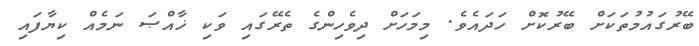
ބޭރުގައުމުތަކަށް ބޭރުކޮށް ހަދައެވެ. މިމަހަށް ދިވެހިންގެ ތެރޭގައި ވަކި ޚާއްޞަ ނަމެއް ކިޔާފައި